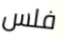
فلس